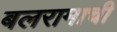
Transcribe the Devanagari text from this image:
बलरामाची